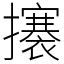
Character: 攐